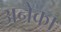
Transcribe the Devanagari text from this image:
अनेका